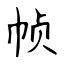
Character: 帧